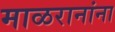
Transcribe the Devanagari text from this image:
माळरानांना